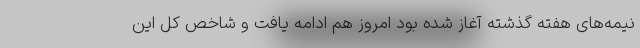
نیمه‌های هفته گذشته آغاز شده بود امروز هم ادامه یافت و شاخص کل این